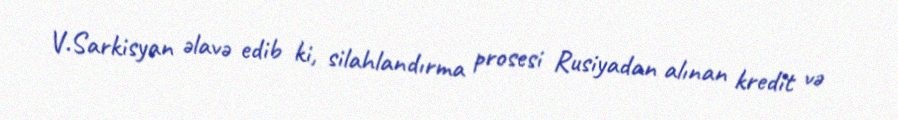
V.Sarkisyan əlavə edib ki, silahlandırma prosesi Rusiyadan alınan kredit və